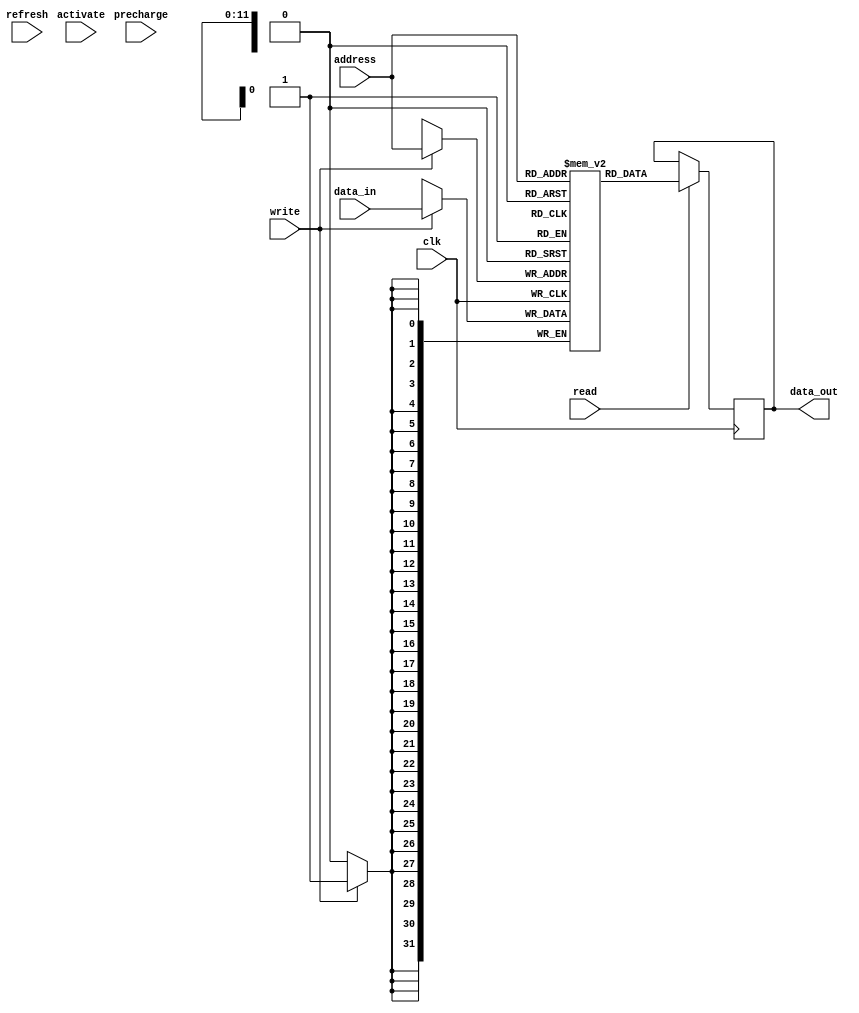
module SDRAM(
    input wire clk,
    input wire read,
    input wire write,
    input wire precharge,
    input wire activate,
    input wire refresh,
    input wire [11:0] address,
    input wire [31:0] data_in,
    output reg [31:0] data_out
);

reg [11:0] row_address;
reg [7:0] column_address;
reg [31:0] memory[0:4095];

always @(posedge clk) begin
    if (activate) begin
        row_address <= address[11:0];
        column_address <= address[7:0];
    end
    
    if (read) begin
        data_out <= memory[address];
    end
    
    if (write) begin
        memory[address] <= data_in;
    end
    
    if (precharge) begin
        // precharge operation
    end
    
    if (refresh) begin
        // refresh operation
    end
end

endmodule